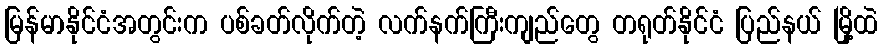
မြန်မာနိုင်ငံအတွင်းက ပစ်ခတ်လိုက်တဲ့ လက်နက်ကြီးကျည်တွေ တရုတ်နိုင်ငံ ပြည်နယ် မြို့ထဲ